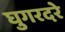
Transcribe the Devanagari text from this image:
घुगरदरे